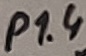
Text: P1.4